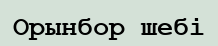
Орынбор шебі